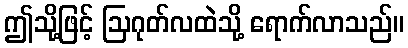
ဤသို့ဖြင့် ဩဂုတ်လထဲသို့ ရောက်လာသည်။